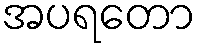
အပရတော